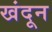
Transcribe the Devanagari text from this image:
खंदून